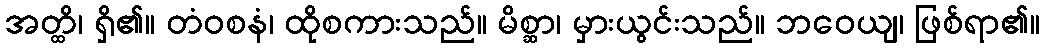
အတ္ထိ၊ ရှိ၏။ တံဝစနံ၊ ထိုစကားသည်။ မိစ္ဆာ၊ မှားယွင်းသည်။ ဘဝေယျ၊ ဖြစ်ရာ၏။